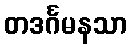
တဒင်္ဂမနသာ